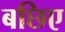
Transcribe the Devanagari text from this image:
बछिए